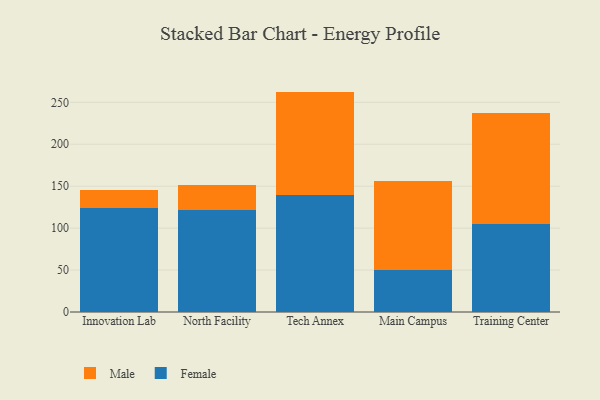
{"axis": {"x": "Campus", "y": "Demand Index"}, "legend": ["Female", "Male"], "data": [{"x": "Innovation Lab", "y": 123.6, "type": "Female"}, {"x": "Innovation Lab", "y": 22.3, "type": "Male"}, {"x": "North Facility", "y": 122.0, "type": "Female"}, {"x": "North Facility", "y": 28.9, "type": "Male"}, {"x": "Tech Annex", "y": 140.0, "type": "Female"}, {"x": "Tech Annex", "y": 122.8, "type": "Male"}, {"x": "Main Campus", "y": 50.1, "type": "Female"}, {"x": "Main Campus", "y": 106.3, "type": "Male"}, {"x": "Training Center", "y": 104.7, "type": "Female"}, {"x": "Training Center", "y": 132.7, "type": "Male"}]}